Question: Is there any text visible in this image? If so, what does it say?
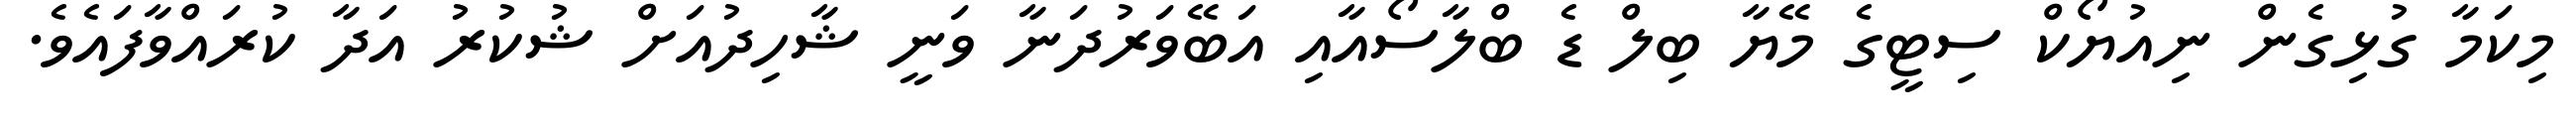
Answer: މިކަމާ ގުޅިގެން ނިއުޔޯކް ސިޓީގެ މޭޔާ ބިލް ޑެ ބްލާސޯއާއި އަބޭވަރުދަނާ ވަނީ ޝާހިދުއަށް ޝުކުރު އަދާ ކުރައްވާފައެވެ.